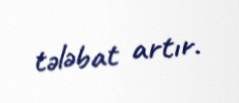
tələbat artır.